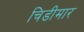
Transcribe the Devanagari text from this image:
चिडीमार